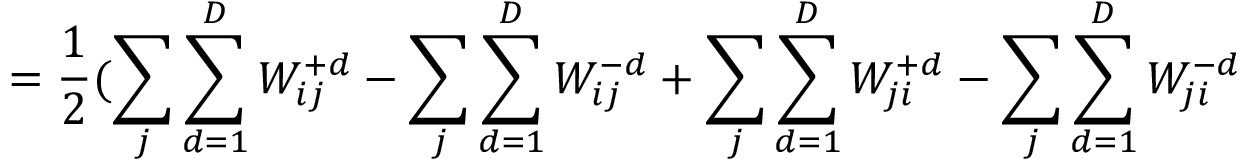
= \frac { 1 } { 2 } ( \sum _ { j } \sum _ { d = 1 } ^ { D } W _ { i j } ^ { + d } - \sum _ { j } \sum _ { d = 1 } ^ { D } W _ { i j } ^ { - d } + \sum _ { j } \sum _ { d = 1 } ^ { D } W _ { j i } ^ { + d } - \sum _ { j } \sum _ { d = 1 } ^ { D } W _ { j i } ^ { - d }